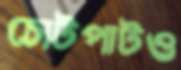
চোটপাটও